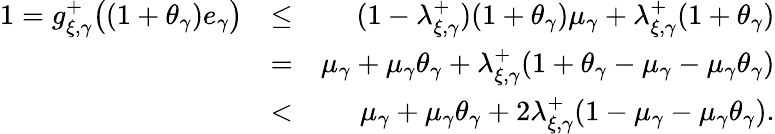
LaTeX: \begin{array}{rlr}{\textstyle 1=g_{\xi,\gamma}^{+}\bigl((1+\theta_{\gamma})e_{\gamma}\bigr)}&{\leq}&{(1-\lambda_{\xi,\gamma}^{+})(1+\theta_{\gamma})\mu_{\gamma}+\lambda_{\xi,\gamma}^{+}(1+\theta_{\gamma})}\\ &{=}&{\mu_{\gamma}+\mu_{\gamma}\theta_{\gamma}+\lambda_{\xi,\gamma}^{+}(1+\theta_{\gamma}-\mu_{\gamma}-\mu_{\gamma}\theta_{\gamma})}\\ &{<}&{\mu_{\gamma}+\mu_{\gamma}\theta_{\gamma}+2\lambda_{\xi,\gamma}^{+}(1-\mu_{\gamma}-\mu_{\gamma}\theta_{\gamma}).}\end{array}